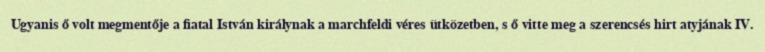
Ugyanis ő volt megmentője a fiatal István királynak a marchfeldi véres ütközetben, s ő vitte meg a szerencsés hirt atyjának IV.